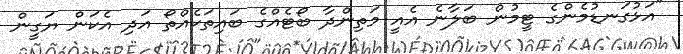
"އަޅުގަނޑުމެންގެ ޓީމުން ބަލާނެ އެއީ މަތިންދާ ބޯޓެއްގެ ބައިތަކެއްތޯ އަދި އެކަން ޔަގީން